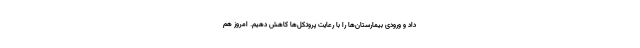
داد و ورودی بیمارستان‌ها را با رعایت پروتکل‌ها کاهش دهیم. امروز هم